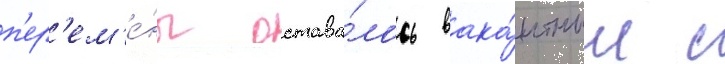
п'ер'ем'е́ны остава́лось вака́нтным с